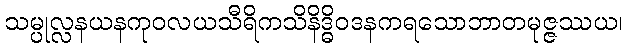
သမ္ပုလ္လနယနကုဝလယသီရိကသိနိဒ္ဓိဝဒနကရသောဘာတမုဇ္ဇဿယ၊